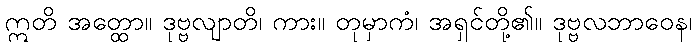
ဣတိ အတ္ထော။ ဒုဗ္ဗလျာတိ၊ ကား။ တုမှာကံ၊ အရှင်တို့၏။ ဒုဗ္ဗလဘာဝေန၊